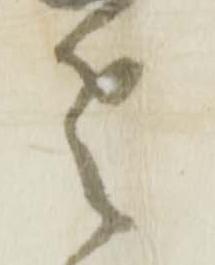
老